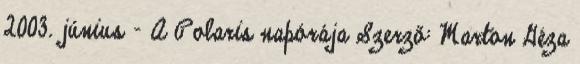
2003. június – A Polaris napórája Szerző: Marton Géza